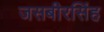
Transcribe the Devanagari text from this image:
जसबीरसिंह